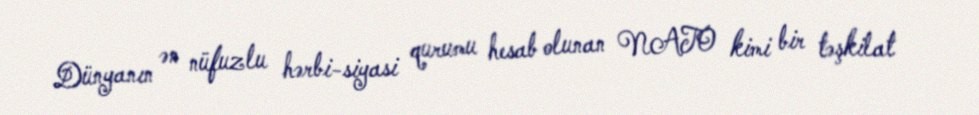
Dünyanın ən nüfuzlu hərbi-siyasi qurumu hesab olunan NATO kimi bir təşkilat